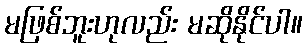
မဖြစ်ဘူးဟုလည်း မဆိုနိုင်ပါ။